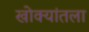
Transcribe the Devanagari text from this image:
खोक्यांतला